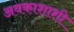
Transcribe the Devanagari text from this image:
अवकाशाशी